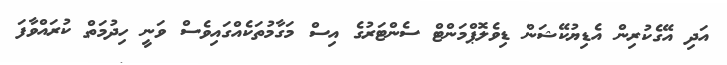
އަދި އޭގެކުރިން އެޑިޔުކޭޝަން ޑިވެލޮޕްމަންޓް ސެންޓަރުގެ އިސް މަގާމުތަކެއްގައިވެސް ވަނީ ހިދުމަތް ކުރައްވާފަ